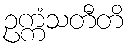
ဥက္ကံသတီတိ